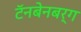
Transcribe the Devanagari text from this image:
टॅनबेनबर्ग